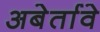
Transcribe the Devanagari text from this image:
अबेर्तावे